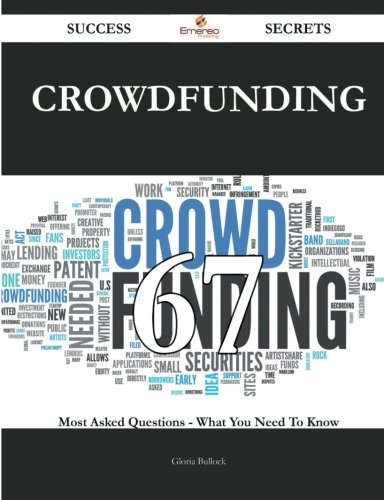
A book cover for Crowdfunding 67 Success Secrets - 67 Most Asked Questions On Crowdfunding - What You Need To Know; Gloria Bullock; Business & Money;